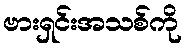
ဗားရှင်းအသစ်ကို